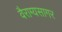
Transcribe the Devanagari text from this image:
वैराग्यसागर